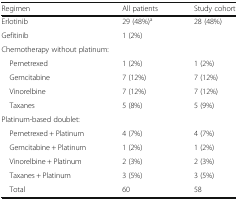
<table><thead><tr><td><b>Regimen</b></td><td><b>All patients</b></td><td><b>Study cohort</b></td></tr></thead><tbody><tr><td>Erlotinib</td><td>29 (48%)<sup>a</sup></td><td>28 (48%)</td></tr><tr><td>Gefitinib</td><td>1 (2%)</td><td></td></tr><tr><td colspan="3">Chemotherapy without platinum:</td></tr><tr><td> Pemetrexed</td><td>1 (2%)</td><td>1 (2%)</td></tr><tr><td> Gemcitabine</td><td>7 (12%)</td><td>7 (12%)</td></tr><tr><td> Vinorelbine</td><td>7 (12%)</td><td>7 (12%)</td></tr><tr><td> Taxanes</td><td>5 (8%)</td><td>5 (9%)</td></tr><tr><td colspan="3">Platinum-based doublet:</td></tr><tr><td> Pemetrexed + Platinum</td><td>4 (7%)</td><td>4 (7%)</td></tr><tr><td> Gemcitabine + Platinum</td><td>1 (2%)</td><td>1 (2%)</td></tr><tr><td> Vinorelbine + Platinum</td><td>2 (3%)</td><td>2 (3%)</td></tr><tr><td> Taxanes + Platinum</td><td>3 (5%)</td><td>3 (5%)</td></tr><tr><td> Total</td><td>60</td><td>58</td></tr></tbody></table>